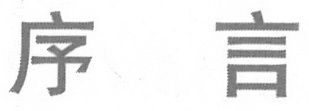
序 言